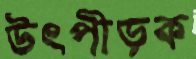
উৎপীড়ক